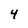
Character: 4